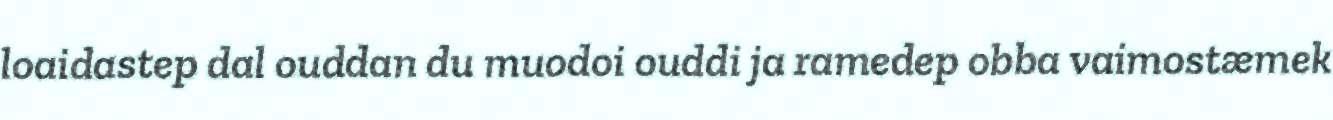
loaidastep dal ouddan du muodoi ouddi ja ramedep obba vaimostæmek